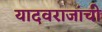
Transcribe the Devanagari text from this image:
यादवराजांची